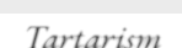
Tartarism